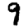
Digit: 9